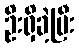
ဦးရှိခဲ့ပြီး